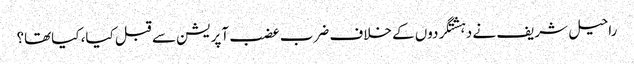
راحیل شریف نے دہشتگردوں کے خلاف ضرب عضب آپریشن سے قبل کیا، کیاتھا؟